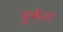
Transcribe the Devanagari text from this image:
धुमैला